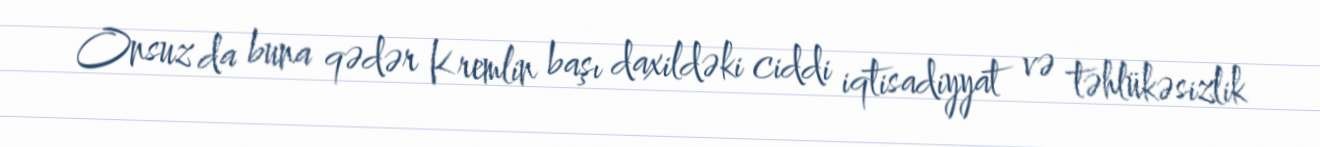
Onsuz da buna qədər Kremlin başı daxildəki ciddi iqtisadiyyat və təhlükəsizlik